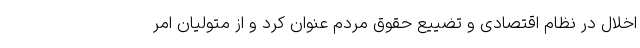
اخلال در نظام اقتصادی و تضییع حقوق مردم عنوان کرد و از متولیان امر